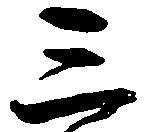
三